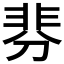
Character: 𩇴